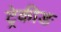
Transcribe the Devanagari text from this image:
ट्रेकीङ